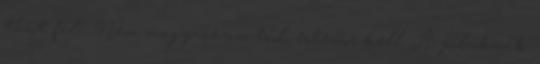
tűnt fel? Nem magyarázom túl, értenie kell. A polcoknak